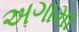
અગામા